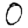
Digit: 0